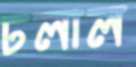
ঢলাল